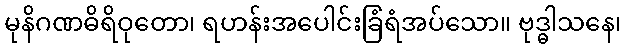
မုနိဂဏဓိရိဝုတော၊ ရဟန်းအပေါင်းခြံရံအပ်သော။ ဗုဒ္ဓါသနေ၊